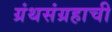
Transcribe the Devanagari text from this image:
ग्रंथसंग्रहाची